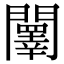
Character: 䦴